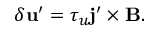
\delta { \bf { u } } ^ { \prime } = \tau _ { u } { \bf { j } } ^ { \prime } \times { \bf { B } } .